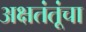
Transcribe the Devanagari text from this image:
अक्षतंतूंचा